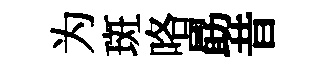
为斑咯勗昔